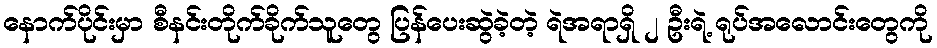
နောက်ပိုင်းမှာ စီနင်းတိုက်ခိုက်သူတွေ ပြန်ပေးဆွဲခဲ့တဲ့ ရဲအရာရှိ ၂ ဦးရဲ့ ရုပ်အလောင်းတွေကို